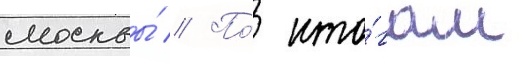
москвы́ // По́ ито́гам